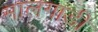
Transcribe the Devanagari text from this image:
मालगाडी